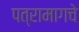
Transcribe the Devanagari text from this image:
पत्रामागचे